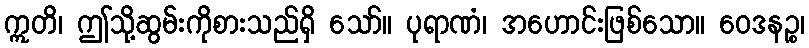
ဣတိ၊ ဤသို့ဆွမ်းကိုစားသည်ရှိ သော်။ ပုရာဏံ၊ အဟောင်းဖြစ်သော။ ဝေဒနဉ္စ၊